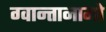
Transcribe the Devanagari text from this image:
ग्वान्तानामो